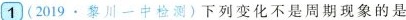
1(2019·黎川一中检测)下列变化不是周期现象的是